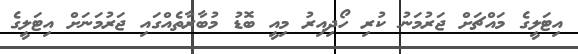
އިޓަލީގެ މައްޗަށް ޖަރުމަނު ކުރި ހޯދިއިރު މިއީ ބޮޑު މުބާރާތެއްގައި ޖަރުމަނަށް އިޓަލީގެ